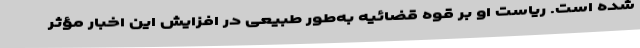
شده است. ریاست او بر قوه قضائیه به‌طور طبیعی در افزایش این اخبار مؤثر